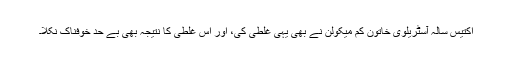
اکتیس سالہ آسٹریلوی خاتون کم میکولن نے بھی یہی غلطی کی، اور اس غلطی کا نتیجہ بھی بے حد خوفناک نکلا۔